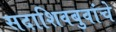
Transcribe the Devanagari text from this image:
सदाशिवबुवांचे